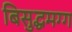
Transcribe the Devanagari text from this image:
बिसुद्धमग्ग